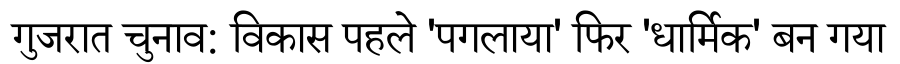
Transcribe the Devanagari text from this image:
गुजरात चुनाव: विकास पहले 'पगलाया' फिर 'धार्मिक' बन गया